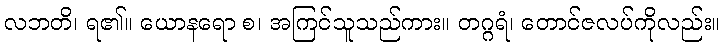
လဘတိ၊ ရ၏။ ယောနရော စ၊ အကြင်သူသည်ကား။ တဂ္ဂရံ၊ တောင်ဇလပ်ကိုလည်း။